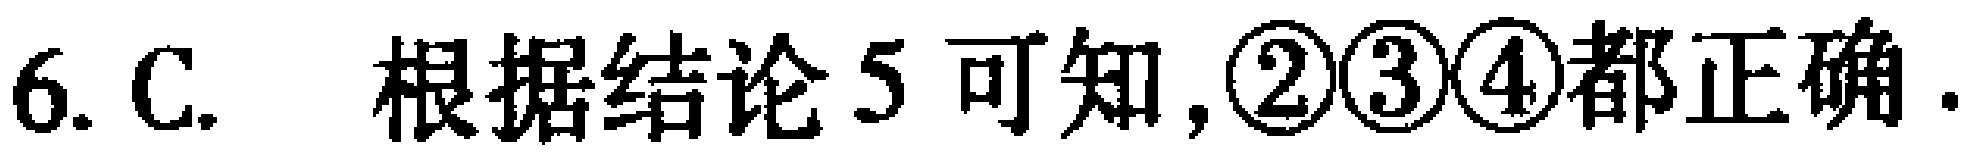
6. C. 根据结论 5 可知,\textcircled{2}\textcircled{3}\textcircled{4}都正确.